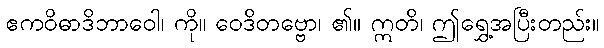
ဧကဝိဓာဒိဘာဝေါ၊ ကို။ ဝေဒိတဗ္ဗော၊ ၏။ ဣတိ၊ ဤရွှေ့အပြီးတည်း။